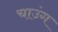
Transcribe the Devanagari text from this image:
चाउंग